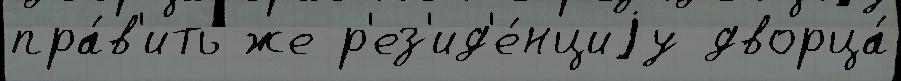
пра́в'ить же р'ез'ид'е́нциjу дворца́